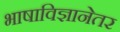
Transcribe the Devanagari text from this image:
भाषाविज्ञानेतर